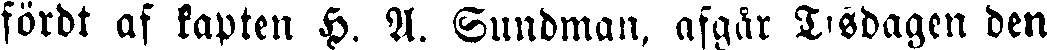
fördt af kapten H. A. Sunbman, afgår Tisdagen den